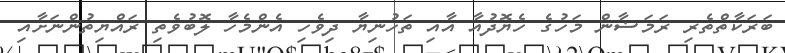
ބަރަކާތްތެރި ރަމަޟާން މަހުގެ ހެޔޮދުއާ އާއި ތަހުނިޔާ ދިވެހި އެންމެހާ ލޮބުވެތި ރައްޔިތުންނަށާއި